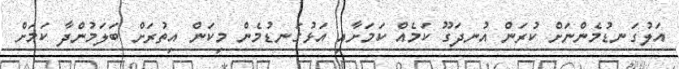
އަލުގަނޑުމެންނަށް ކުރަން އުނދަގޫ ކަމެއް ކަމަށާއި އަޅުގަނޑުމެން މިކަން އިތުރަށް ބަލަމުންދާ ކަމަށް